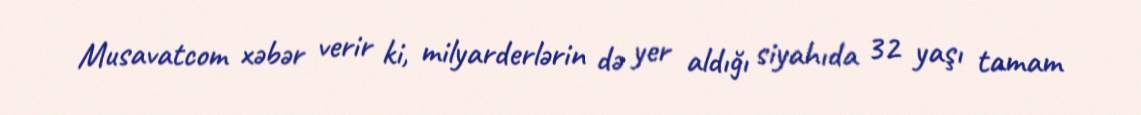
Musavatcom xəbər verir ki, milyarderlərin də yer aldığı siyahıda 32 yaşı tamam